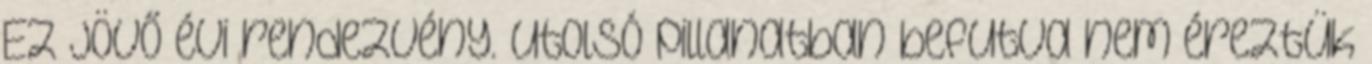
Ez jövő évi rendezvény. Utolsó pillanatban befutva nem éreztük